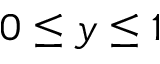
0 \le y \le 1